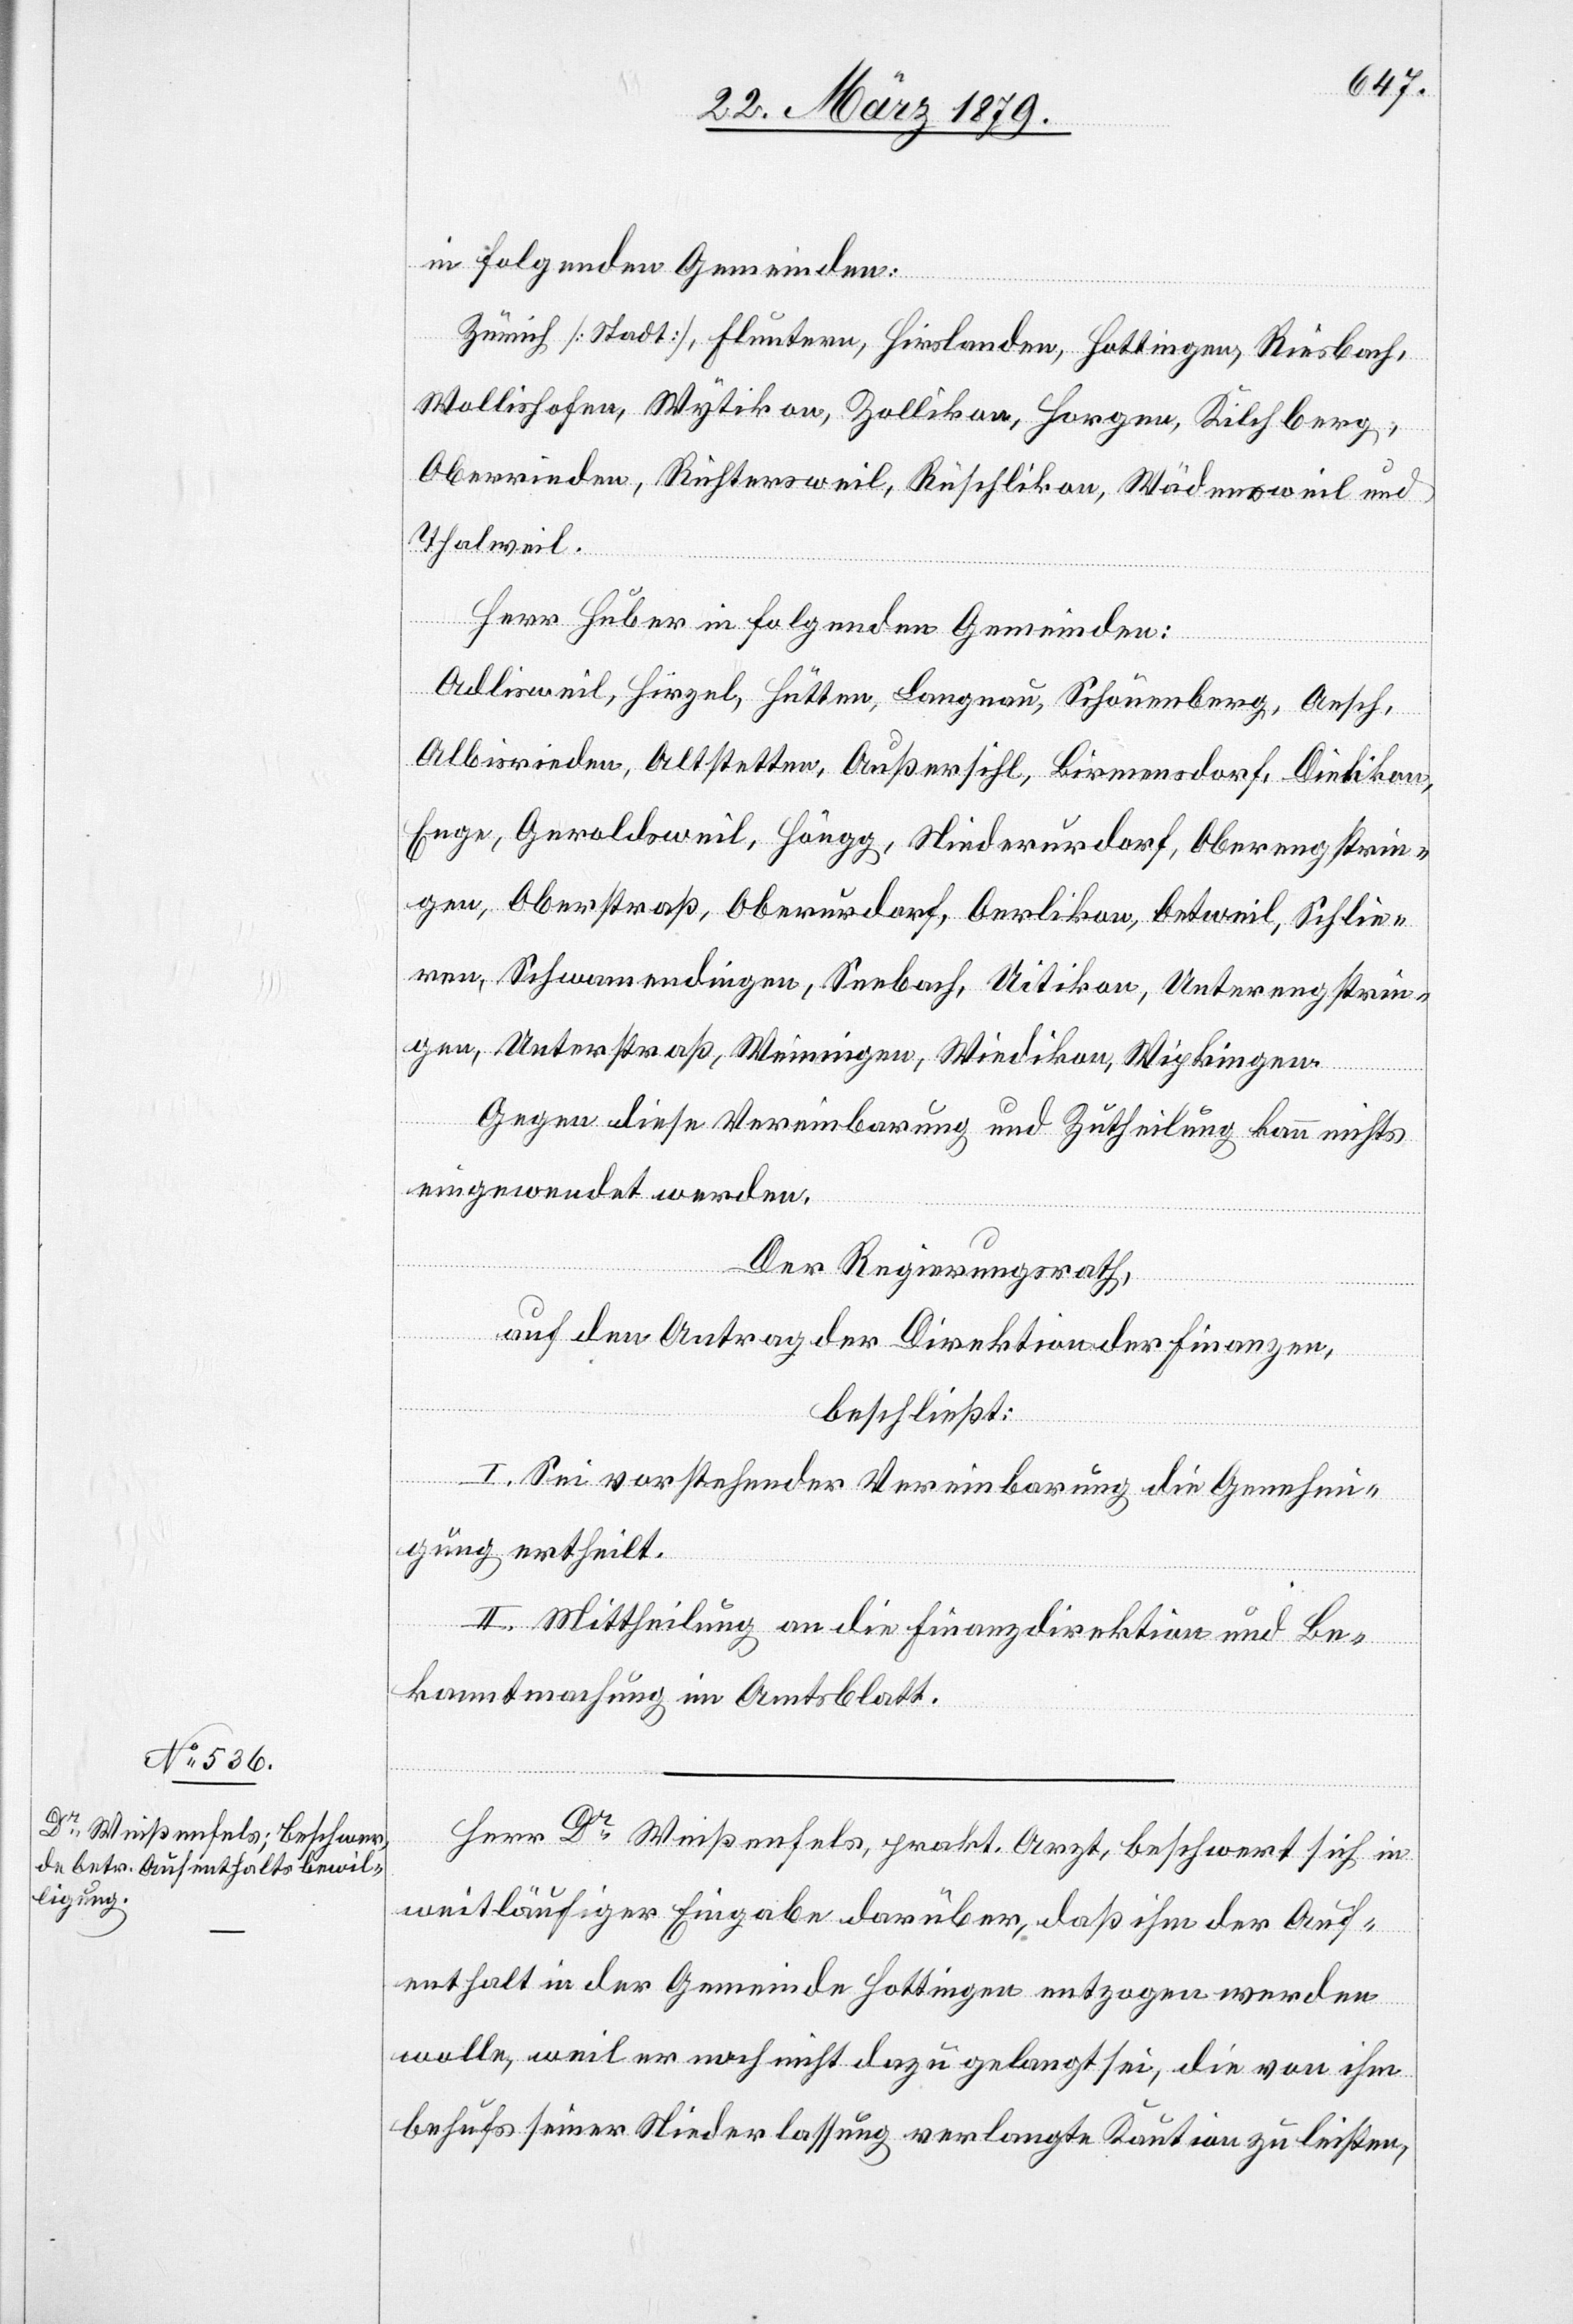
in folgenden Gemeinden:
Zürich [Stadt], Fluntern, Hirslanden, Hottingen, Riesbach,
Wollishofen, Wytikon, Zollikon, Horgen, Kilchberg,
Thalweil.
Herr Huber in folgenden Gemeinden:
Adlisweil, Hirzel, Hütten, Langnau, Schönenberg, Aesch,
Albisrieden, Altstetten, Außersihl, Birmensdorf, Dietikon,
Enge, Geroldsweil, Höngg, Niederurdorf, Oberengstrin¬
gen, Oberstraß, Oberurdorf, Oerlikon, Oetweil, Schlie¬
ren, Schwamendingen, Seebach, Uitikon, Unterengstrin¬
gen, Unterstraß, Weiningen, Wiedikon, Wipkingen.
Wädensweil und
Gegen diese Vereinbarung und Zutheilung kann nichts
eingewendet werden.
Der Regierungsrath,
auf den Antrag der Direktion der Finanzen,
beschließt:
I. Sei vorstehender Vereinbarung die Genehmi¬
gung ertheilt.
II. Mittheilung an die Finanzdirektion und Be¬
kanntmachung im Amtsblatt.
Herr Dr Weißenfels, prakt. Arzt, beschwert sich in
weitläufiger Eingabe darüber, daß ihm der Auf¬
enthalt in der Gemeinde Hottingen entzogen werden
wolle, weil er noch nicht dazu gelangt sei, die von ihm
behufs seiner Niederlassung verlangte Kaution zu leisten,